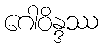
ဂေါဝိန္ဒဿ